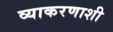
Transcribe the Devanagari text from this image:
व्याकरणाशी